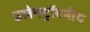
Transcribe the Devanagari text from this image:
इलेक्ट्रॉवनीय